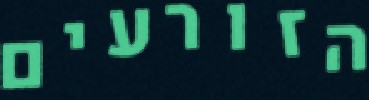
הזורעים